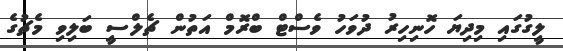
ލީގުގައި މިދިޔަ ހޮނިހިރު ދުވަހު ވެސްޓް ބްރޮމް އަތުން ޗެލްސީ ބަލިވި މެޗުގެ